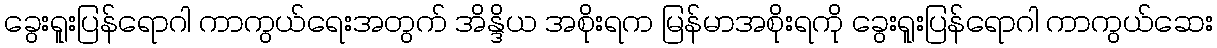
ခွေးရူးပြန်ရောဂါ ကာကွယ်ရေးအတွက် အိန္ဒိယ အစိုးရက မြန်မာအစိုးရကို ခွေးရူးပြန်ရောဂါ ကာကွယ်ဆေး